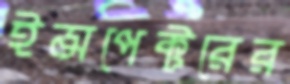
ইন্সপেক্টরের